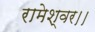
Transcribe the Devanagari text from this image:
रामेश्वर।।